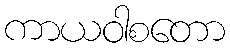
ကာယဝါစတော